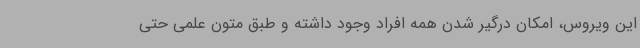
این ویروس، امکان درگیر شدن همه افراد وجود داشته و طبق متون علمی حتی